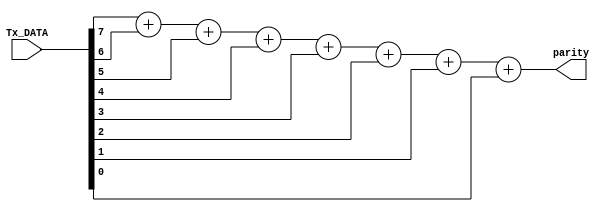
`timescale 1ns / 1ps
//////////////////////////////////////////////////////////////////////////////////
// Company: 
// Engineer: 
// 
// Design Name: 
// Module Name: parity_maker
// Project Name: 
// Target Devices: 
// Tool Versions: 
// Description: 
// 
// Dependencies: 
// 
// Revision:
// Revision 0.01 - File Created
// Additional Comments:
// 
//////////////////////////////////////////////////////////////////////////////////

module parity_maker(Tx_DATA, parity);
    
    input [7:0] Tx_DATA;
    output parity;
    reg parity;
    
    always@(Tx_DATA)
        parity = Tx_DATA[7] + Tx_DATA[6] + Tx_DATA[5] + Tx_DATA[4] + Tx_DATA[3] + Tx_DATA[2] + Tx_DATA[1] + Tx_DATA[0];
    
    
endmodule